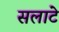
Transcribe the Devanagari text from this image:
सलाटे